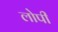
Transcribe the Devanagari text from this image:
लोपी